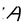
Character: A